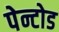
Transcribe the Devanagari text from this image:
पेन्टोड